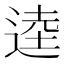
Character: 逵